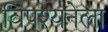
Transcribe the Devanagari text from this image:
विपश्यनेला